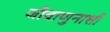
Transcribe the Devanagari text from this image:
जीवाणुनाशी